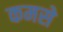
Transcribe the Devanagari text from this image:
कमसे